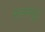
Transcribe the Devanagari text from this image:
रत्‍नापूर